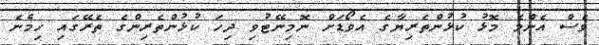
ވެސް އެންމެ މޮޅު ކުޅުންތެރިޔާގެ އެވޯޑަށް ނޮމިނޭޓުވި ދިހަ ކުޅުންތެރިންގެ ތެރޭގައި ހިމެނެ